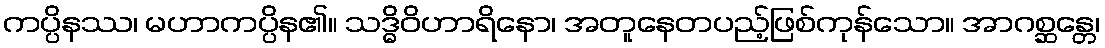
ကပ္ပိနဿ၊ မဟာကပ္ပိန၏။ သဒ္ဓိဝိဟာရိနော၊ အတူနေတပည့်ဖြစ်ကုန်သော။ အာဂစ္ဆန္တေ၊